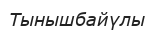
Тынышбайүлы